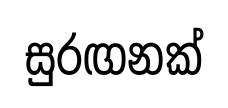
සුරඟනක්